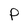
Character: P